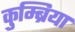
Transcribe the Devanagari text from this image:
कुम्ब्रिया